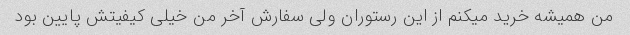
من همیشه خرید میکنم از این رستوران ولی سفارش آخر من خیلی کیفیتش پایین بود